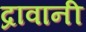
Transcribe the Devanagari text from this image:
द्रावानी